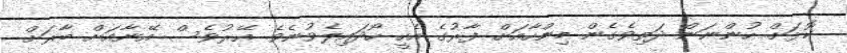
ކޮޅަށް ހުންނަން ދަތިވެގެން މިންހާއަށް ފާރުގެ އެހީ ހޯދައިލެވުނެވެ. އޭރުވެސް އޭނާއަށް ބާރަށް